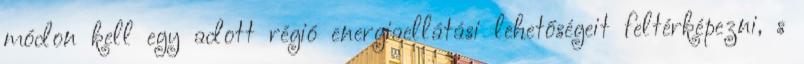
módon kell egy adott régió energiaellátási lehetőségeit feltérképezni, s